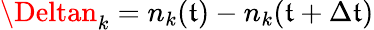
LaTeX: \Deltan_{k}=n_{k}(\mathfrak{t})-n_{k}(\mathfrak{t}+\Delta\mathfrak{t})